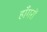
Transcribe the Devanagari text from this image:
हाँगरों